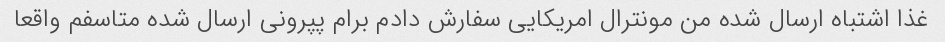
غذا اشتباه ارسال شده من مونترال امریکایی سفارش دادم برام پپرونی ارسال شده متاسفم واقعا